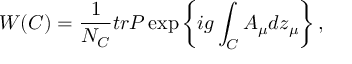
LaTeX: W ( C ) = \frac { 1 } { N _ { C } } t r P \exp \left\{ i g \int _ { C } A _ { \mu } d z _ { \mu } \right\} ,